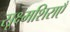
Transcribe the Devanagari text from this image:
सूक्ष्मशिराएँ